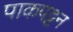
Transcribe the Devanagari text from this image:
पाकपट्टन